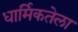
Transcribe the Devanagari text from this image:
धार्मिकतेला